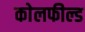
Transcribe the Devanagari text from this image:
काेलफील्ड